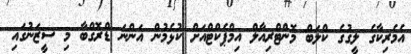
އެމެރިކާގެ ލީގުގެ ކްލަބް މޮންޓްރިއާލް އިމްޕެކްޓްއަށް ކުޅެމުން އަންނަ ޑްރޮގްބާ މި ސީޒަނުގައި